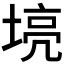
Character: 𫮌